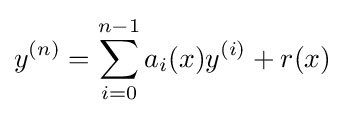
y^{(n)}=\sum _{i=0}^{n-1}a_{i}(x)y^{(i)}+r(x)